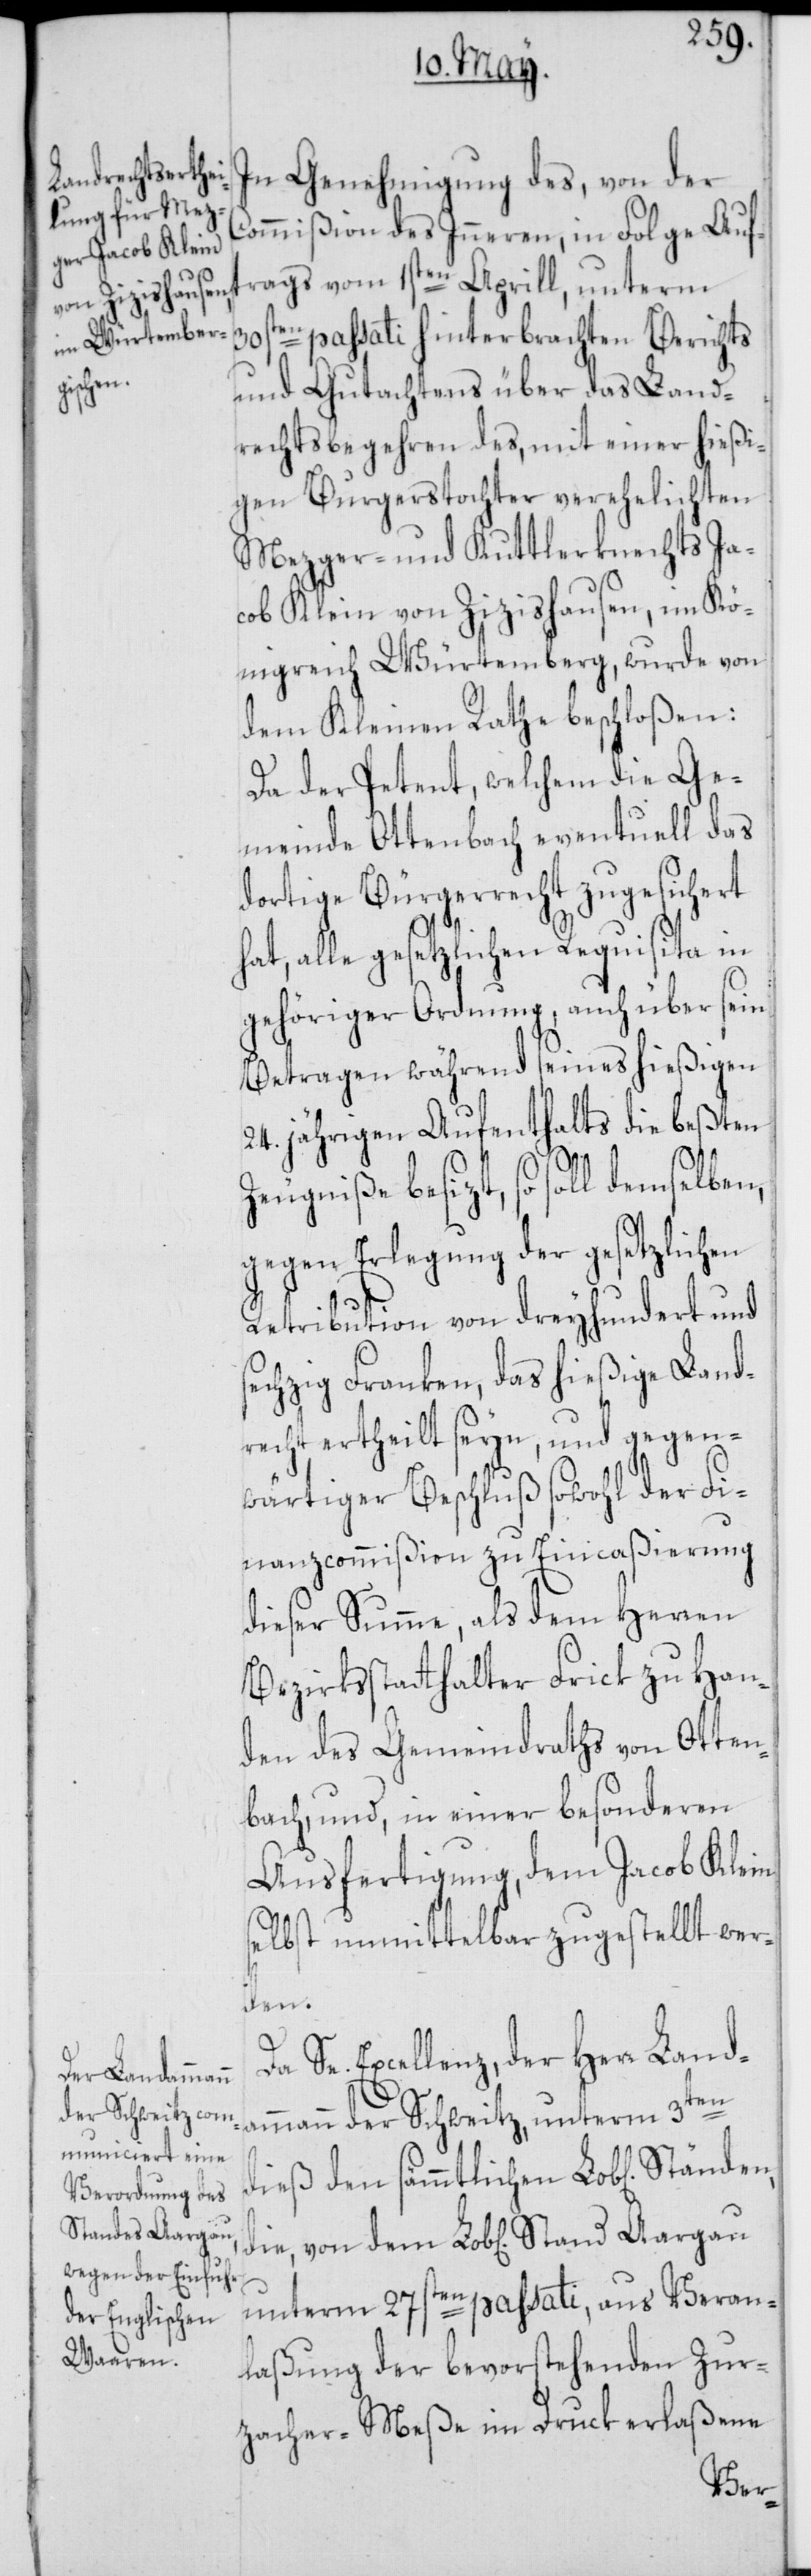
In Genehmigung des, von der
Commißion des Inneren, in Folge Auft¬
ten passati hinterbrachten Berichts
und Gutachtens über das Land¬
rechtsbegehren des, mit einer hießi¬
gen Burgerstochter verehelichten
Mezger- und Kuttlerknechts Ja¬
cob Klein von Zizishausen, im Kö¬
nigreich Würtemberg, wurde von
dem Kleinen Rathe beschloßen:
Da der Petent, welchem die Ge¬
meinde Ottenbach eventuell das
dortige Bürgerrecht zugesichert
hat, alle gesetzlichen Requisita in
gehöriger Ordnung, auch über sein
Betragen während seines hießigen
24. jährigen Aufenthalts die beßten
30s¬
Zeugniße besizt, so soll demselben,
gegen Erlegung der gesetzlichen
Retribution von dreyhundert und
sechzig Franken, das hießige Land¬
recht ertheilt seyn, und gegen¬
wärtiger Beschluß sowohl der Fi¬
nanzcommißion zu Eincaßierung
dieser Summe, als dem Herren
Bezirksstatthalter Frick zu Han¬
den des Gemeindraths von Otten¬
bach, und, in einer besonderen
Ausfertigung, dem Jacob Klein
selbst unmittelbar zugestellt wer¬
den.
Da Se. Excellenz, der Herr Land¬
ammann der Schweitz, unterm 3ten
dieß den sämmtlichen Lob[lichen]
Stand Aargau
unterm 27sten passati, aus Veran¬
laßung der bevorstehenden Zur¬
zacher-Meße im Druck erlaßene